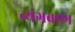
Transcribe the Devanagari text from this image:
व्यंगबाण